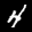
Label: 4